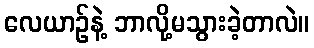
လေယာဉ်နဲ့ ဘာလို့မသွားခဲ့တာလဲ။